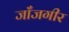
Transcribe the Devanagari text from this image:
जाँजगीर